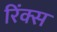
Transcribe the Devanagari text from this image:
रिंक्स